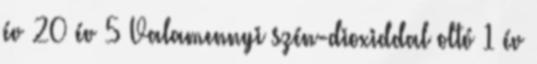
év 20 év 5 Valamennyi szén-dioxiddal oltó 1 év